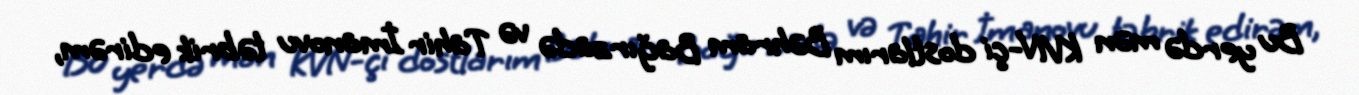
Bu yerdə mən KVN-çi dostlarım Bəhram Bağırzadə və Tahir İmanovu təbrik edirəm,